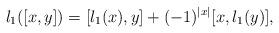
LaTeX: \begin{align*}l_1([x,y])=[l_1(x),y]+(-1)^{|x|}[x,l_1(y)],\end{align*}